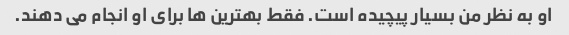
او به نظر من بسیار پیچیده است. فقط بهترین ها برای او انجام می دهند.